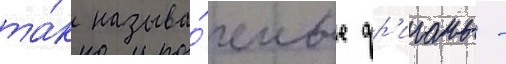
та́к называ́емые фр'иганы -